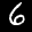
Label: 6